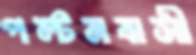
পল্টনবাসী